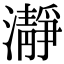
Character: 瀞